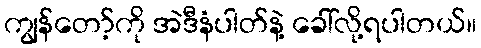
ကျွန်တော့်ကို အဲဒီနံပါတ်နဲ့ ခေါ်လို့ရပါတယ်။